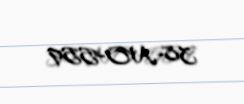
38-NO-559